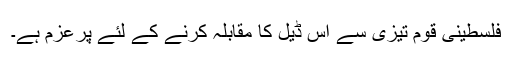
فلسطینی قوم تیزی سے اس ڈیل کا مقابلہ کرنے کے لئے پرعزم ہے۔